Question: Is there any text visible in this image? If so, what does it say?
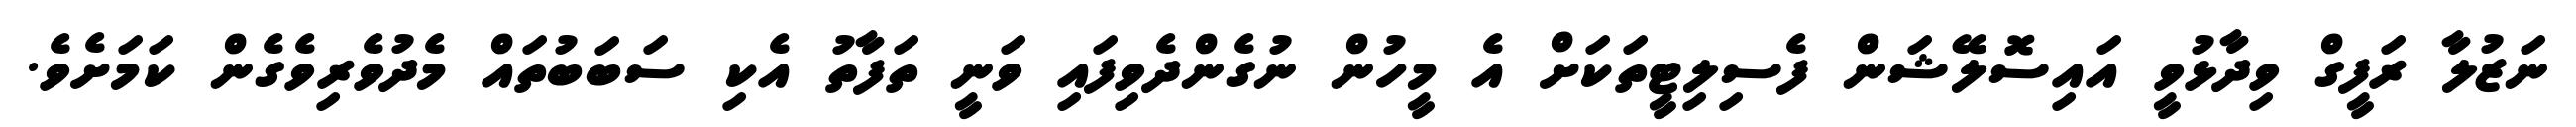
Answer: ނަޒުލާ ރަފީގް ވިދާޅުވީ އައިސޮލޭޝަން ފެސިލިޓީތަކަށް އެ މީހުން ނުގެންދެވިފައި ވަނީ ތަފާތު އެކި ސަބަބުތައް މެދުވެރިވެގެން ކަމަށެވެ.